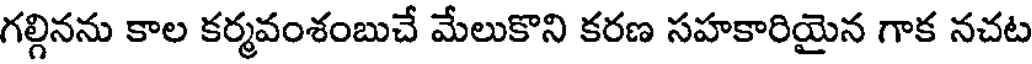
గల్గినను కాల కర్మవంశంబుచే మేలుకొని కరణ సహకారియైన గాక నచట